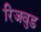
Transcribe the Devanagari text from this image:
रिजवुड